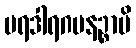
ပရဒါရဂမနဉ္စာပိ